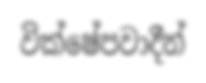
වික්ෂේපවාදීන්